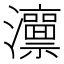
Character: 𱪕